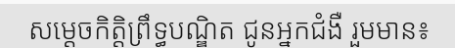
សម្តេចកិត្តិព្រឹទ្ធបណ្ឌិត ជូនអ្នកជំងឺ រួមមាន៖